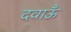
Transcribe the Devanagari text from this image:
दवाऊँ